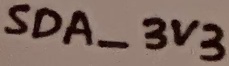
Text: SDA_3V3